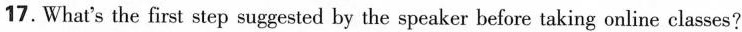
17. What's the first step suggested by the speaker before taking online classes?